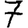
Digit: 7